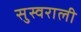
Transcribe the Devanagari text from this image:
सुस्वराली